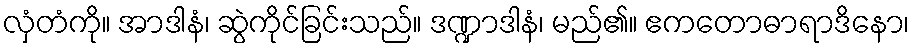
လှံတံကို။ အာဒါနံ၊ ဆွဲကိုင်ခြင်းသည်။ ဒဏ္ဍာဒါနံ၊ မည်၏။ ဧကတောဓာရာဒိနော၊